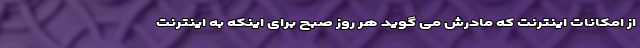
از امکانات اینترنت که مادرش می گوید هر روز صبح برای اینکه به اینترنت